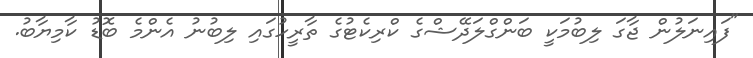
"ފައިނަލުން ޖާގަ ލިބުމަކީ ބަންގްލަދޭޝްގެ ކްރިކެޓުގެ ތާރީހުގައި ލިބުނު އެންމެ ބޮޑު ކާމިޔާބު.